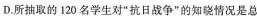
D.所抽取的120名学生对”抗日战争”的知晓情况是总